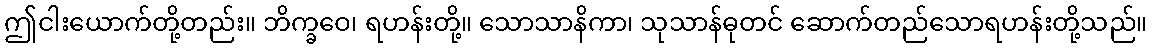
ဤငါးယောက်တို့တည်း။ ဘိက္ခဝေ၊ ရဟန်းတို့။ သောသာနိကာ၊ သုသာန်ဓုတင် ဆောက်တည်သောရဟန်းတို့သည်။